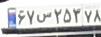
۶۸س۲۵۳۷۸